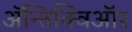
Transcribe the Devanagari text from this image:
ॲन्तिक्विऑर